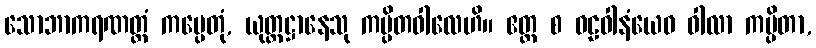
သောဘာကရဏတ္ထံ ကပ္ပေတုံ, ယုတ္တဋ္ဌာနေသု ကပ္ပိတဝါလေဟိ။ ဧတ္ထ စ ဝဠဝါနံယေဝ ဝါလာ ကပ္ပိတာ,